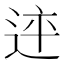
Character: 𨒳